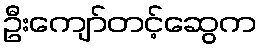
ဦးကျော်တင့်ဆွေက